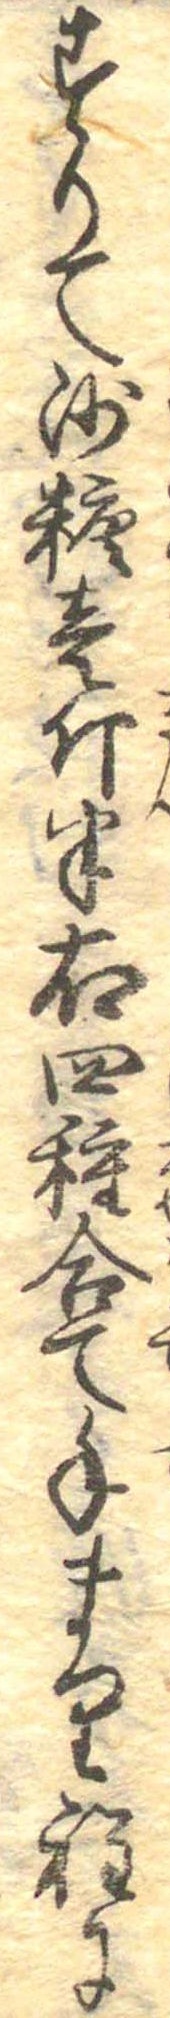
すりて沙糖壱斤半右四種合て手まり程に